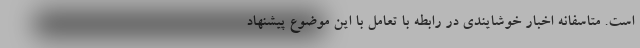
است. متاسفانه اخبار خوشایندی در رابطه با تعامل با این موضوع پیشنهاد